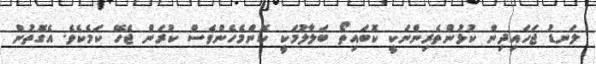
ލަނޑު ޖަހައިދިން ކުޅުންތެރިންނަކީ ކޮބައިތޯ ބަލާލުމަކީ ކޮންމެހެންވެސް ކުރަން ޖެހޭ ކަމެކެވެ. އެގޮތުން